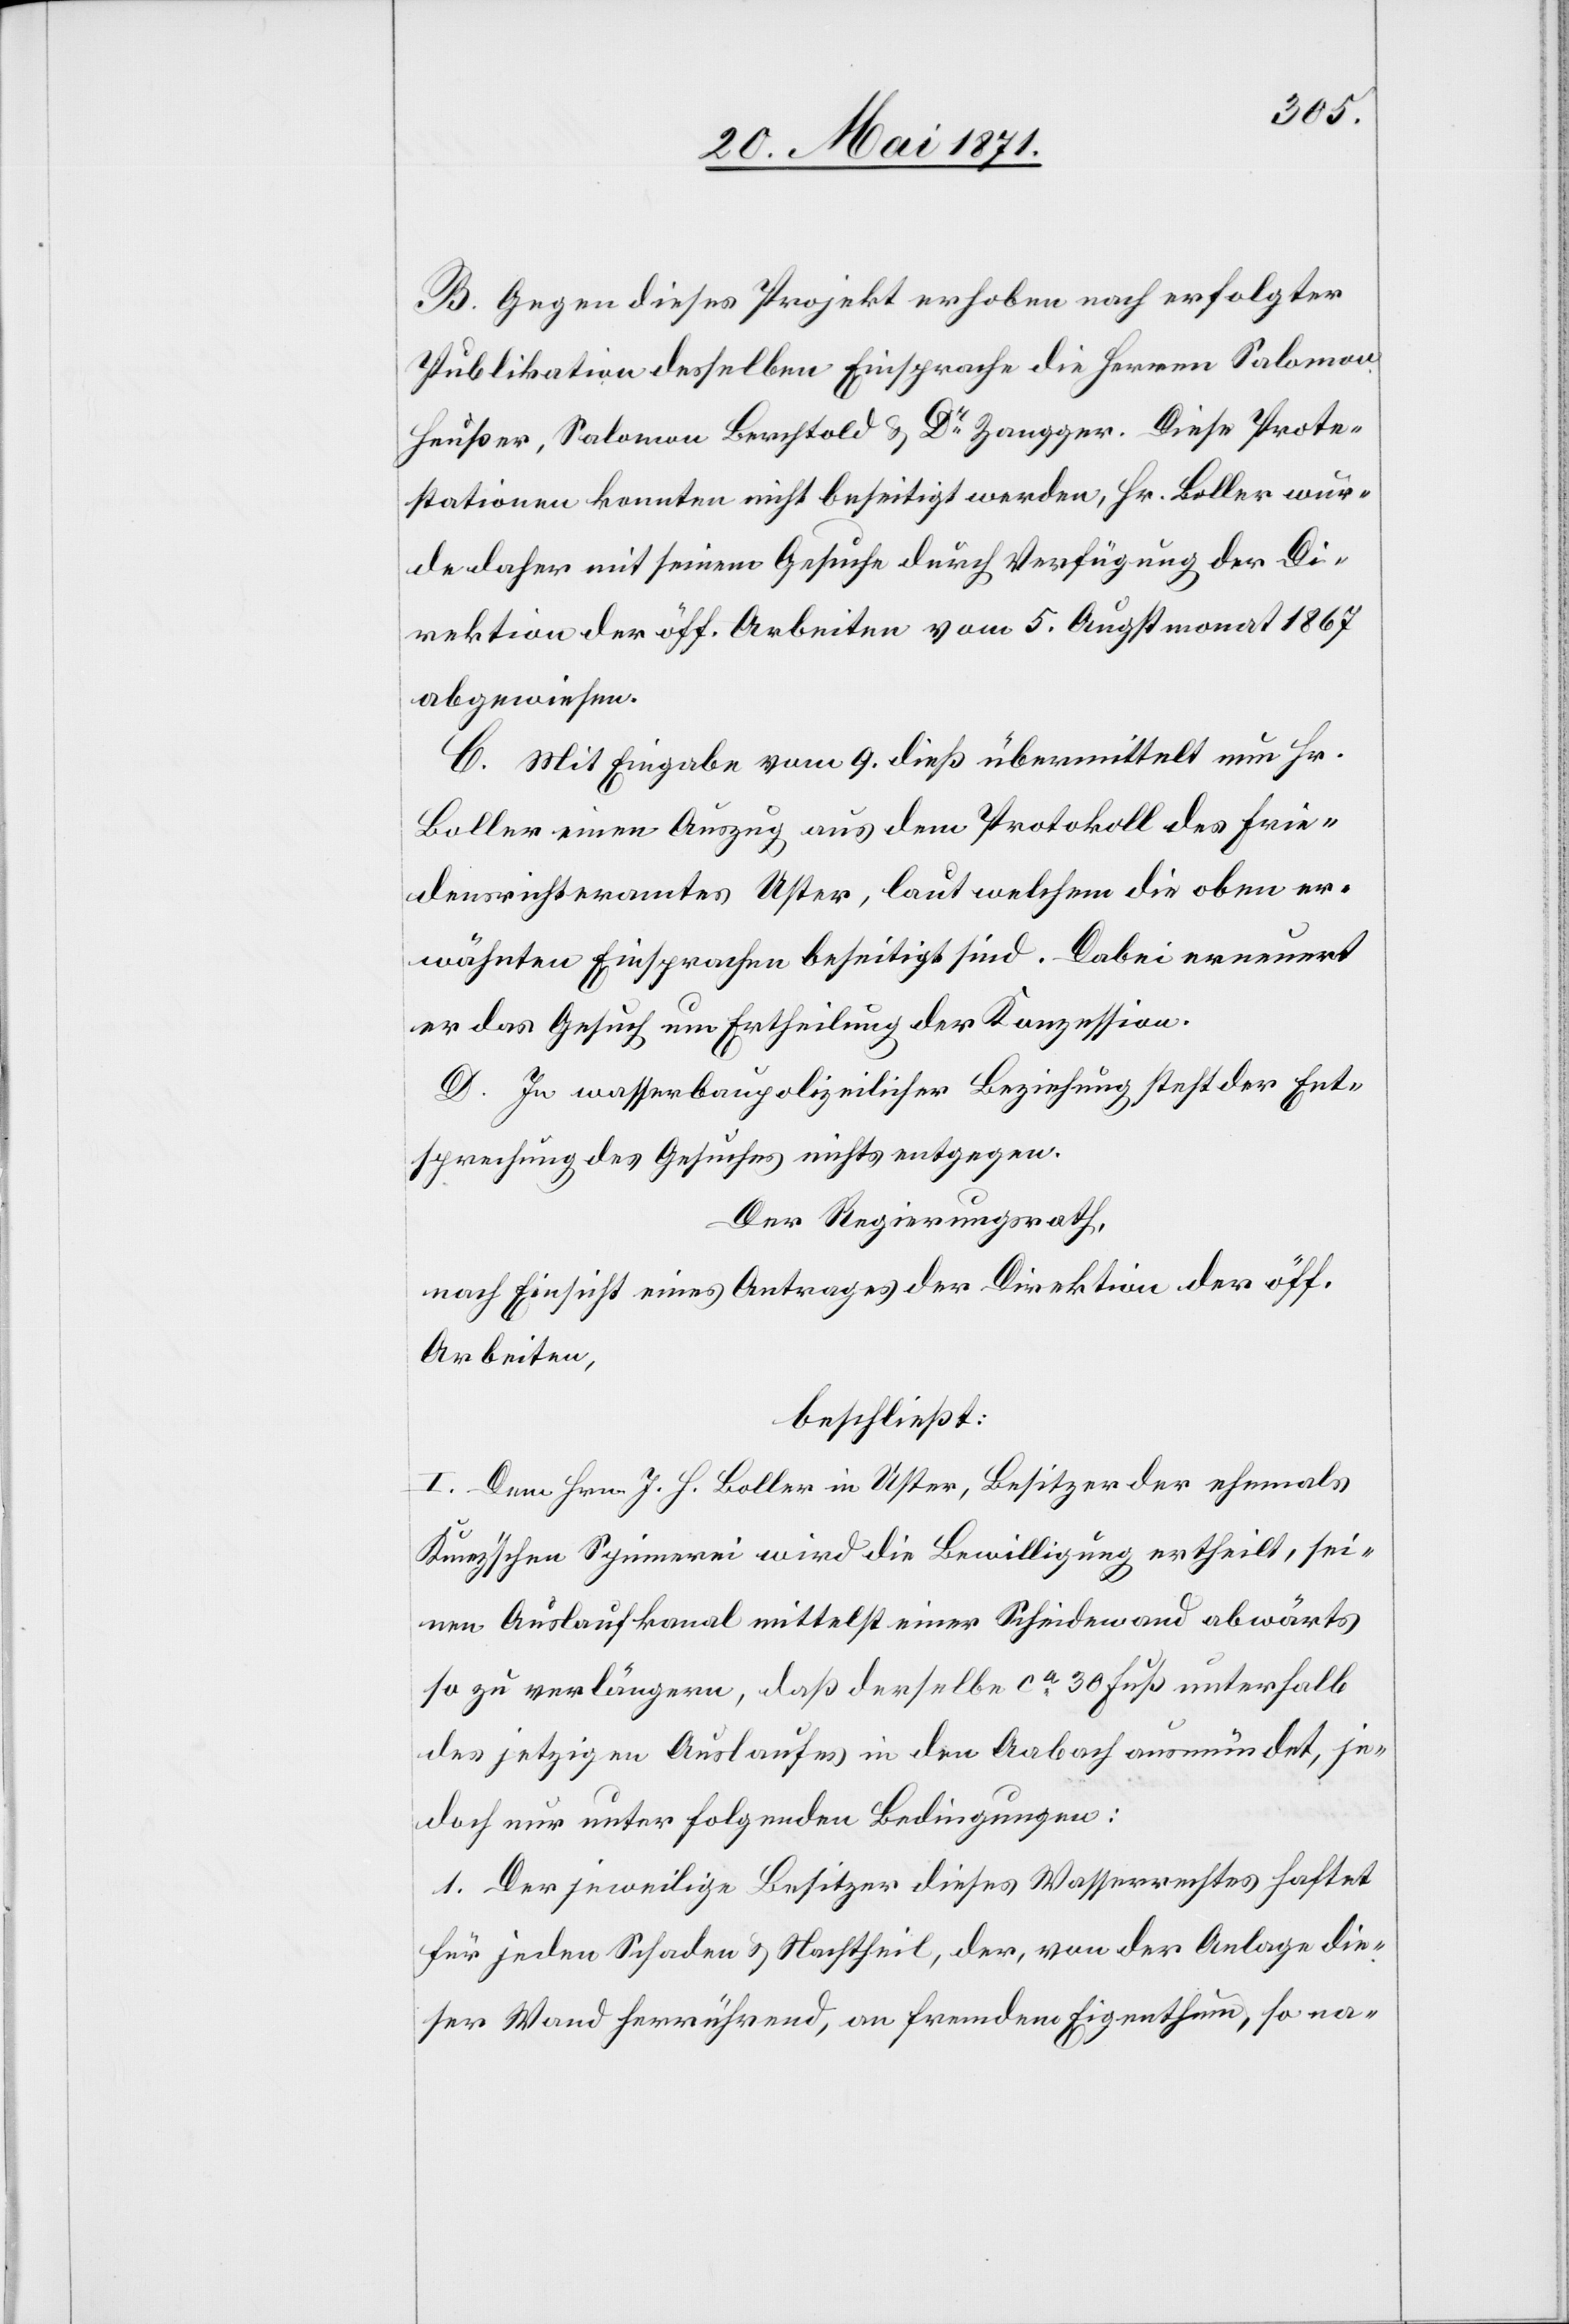
B. Gegen dieses Gesuch erhoben nach erfolgter
Publikation desselben Einsprache die Herren Salomon
Heußer, Salomon Berchtold u. Dr. Zangger. Diese Prote¬
stationen konnten nicht beseitigt werden, Hr. Boller wur¬
de daher mit seinem Gesuche durch Verfügung der Di¬
rektion der öff. Arbeiten vom 5. Augstmonat 1867
abgewiesen.
C. Mit Eingabe vom 9. dieß übermittelt nun Hr.
Boller einen Auszug aus dem Protokoll des Frie¬
densrichteramtes Uster, laut welchem die oben er¬
wähnten Einsprachen beseitigt sind. Dabei erneuert
er das Gesuch um Ertheilung der Konzession.
D. In wasserbaupolizeilicher Beziehung steht der Ent¬
sprechung des Gesuches nichts entgegen.
Der Regierungsrath,
nach Einsicht eines Antrages der Direktion der öff.
Arbeiten,
beschließt:
I. Dem Hrn. J. H. Boller in Uster, Besitzer der ehemals
K[?un]z’schen Spinnerei wird die Bewilligung ertheilt, sei¬
nen Auslaufkanal mittelst einer Scheidewand abwärts
so zu verlängern, daß derselbe ca. 30 Fuß unterhalb
des jetzigen Auslaufes in den Aabach ausmündet, je¬
doch nur unter folgenden Bedingungen:
1. Der jeweilige Besitzer dieses Wasserrechtes haftet
für jeden Schaden u. Nachtheil, der, von der Anlage die¬
ser Wand herrührend, an fremdem Eigenthum, so na-